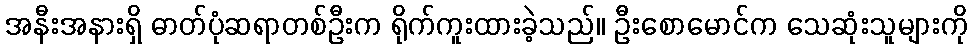
အနီးအနားရှိ ဓာတ်ပုံဆရာတစ်ဦးက ရိုက်ကူးထားခဲ့သည်။ ဦးစောမောင်က သေဆုံးသူများကို